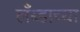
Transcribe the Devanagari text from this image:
लँब्डाच्या